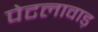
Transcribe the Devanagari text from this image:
पेटलावाड़